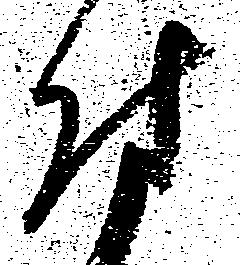
付